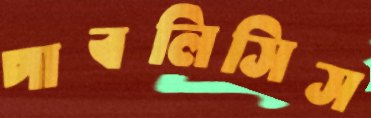
পাবলিসিস